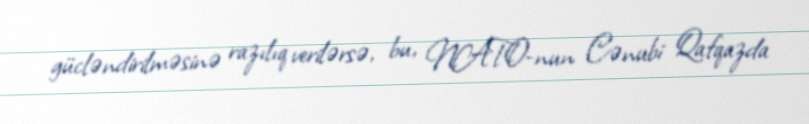
gücləndirilməsinə razılıq verilərsə, bu, NATO-nun Cənubi Qafqazda